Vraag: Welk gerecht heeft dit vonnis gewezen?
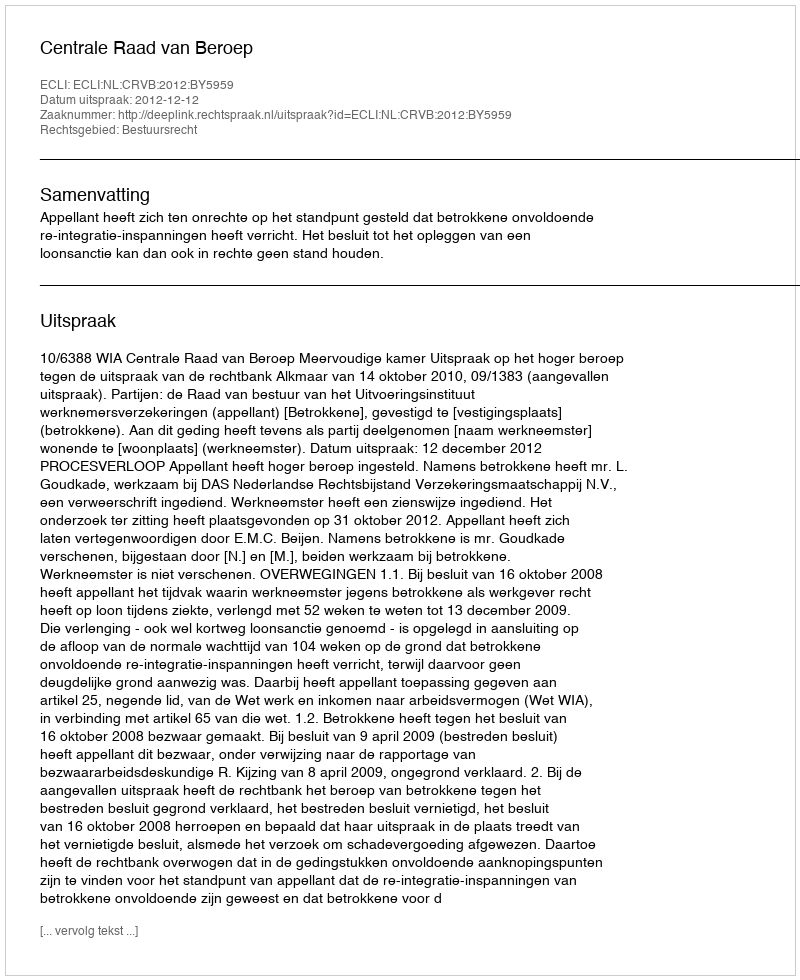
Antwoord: Centrale Raad van Beroep